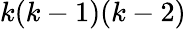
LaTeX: k(k-1)(k-2)